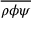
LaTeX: \overline { { \rho \phi \psi } }